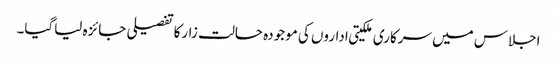
اجلاس میں سرکاری ملکیتی اداروں کی موجودہ حالت زارکاتفصیلی جائزہ لیاگیا۔